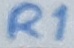
Text: R1